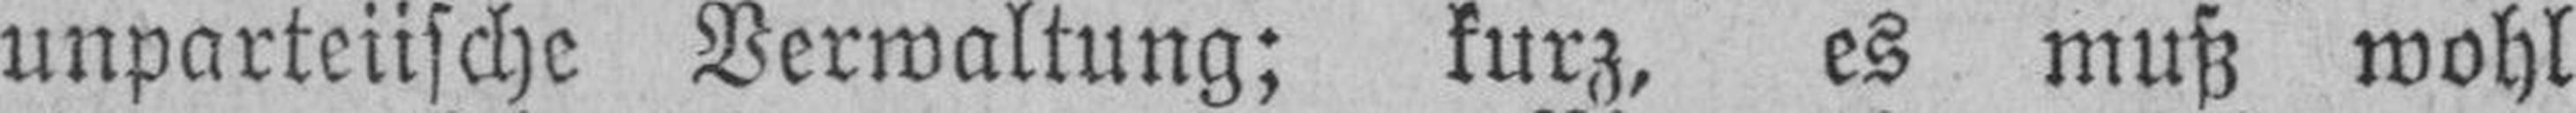
unparteiische Verwaltung; kurz, es muß wohl